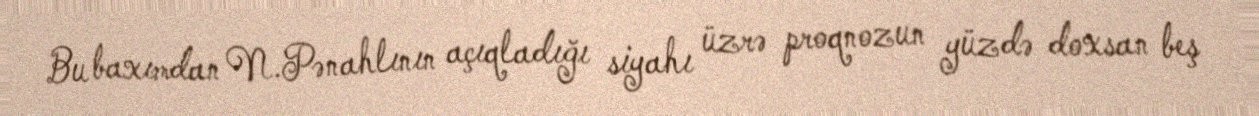
Bu baxımdan N.Pənahlının açıqladığı siyahı üzrə proqnozun yüzdə doxsan beş